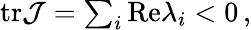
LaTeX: \begin{array}{r}{\mathrm{tr}\mathcal{J}=\sum_{i}\mathrm{Re}\lambda_{i}<0\, ,}\end{array}